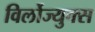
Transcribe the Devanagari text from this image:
विर्लोज्युक्स